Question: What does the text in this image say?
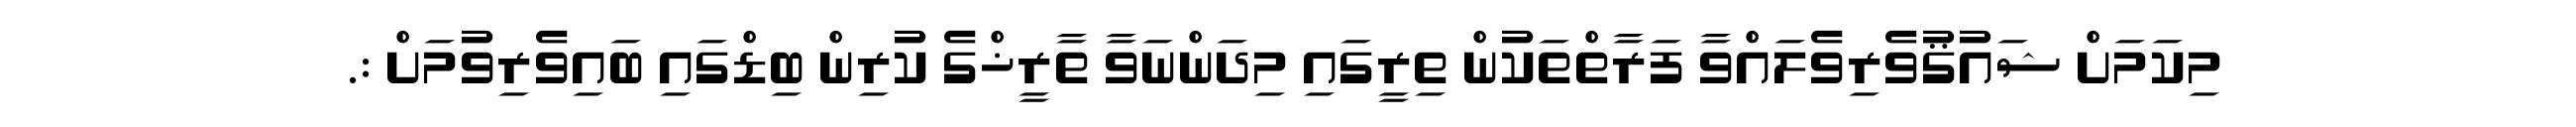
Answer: މިކަމަށް ޝައުޤުވެރިވެލައްވާ ފަރާތްތަކުން ތިރީގައި މިދަންނަވާ ތާރީޚްގެ ކުރިން ބިޑްގައި ބައިވެރިވުމަށް :.